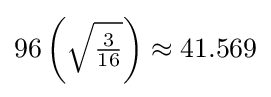
96\left({\sqrt {\tfrac {3}{16}}}\right)\approx 41.569